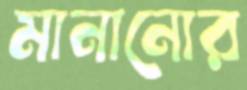
মানানোর